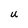
Character: u